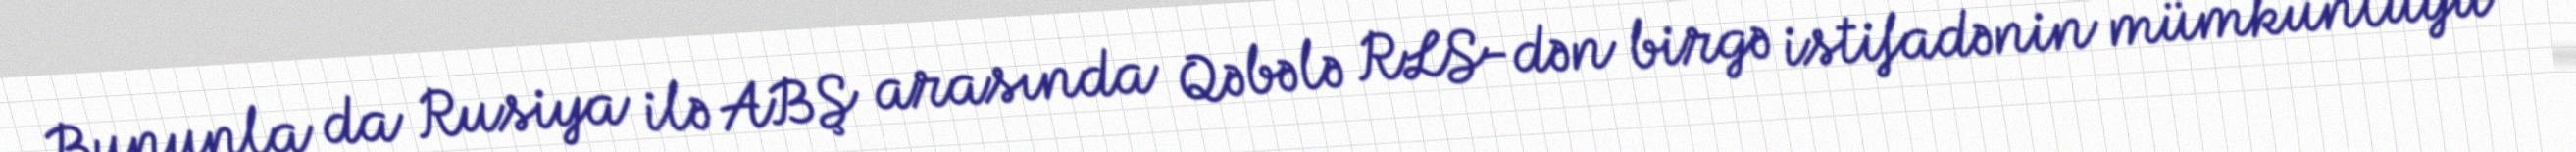
Bununla da Rusiya ilə ABŞ arasında Qəbələ RLS-dən birgə istifadənin mümkünlüyü